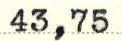
43,75